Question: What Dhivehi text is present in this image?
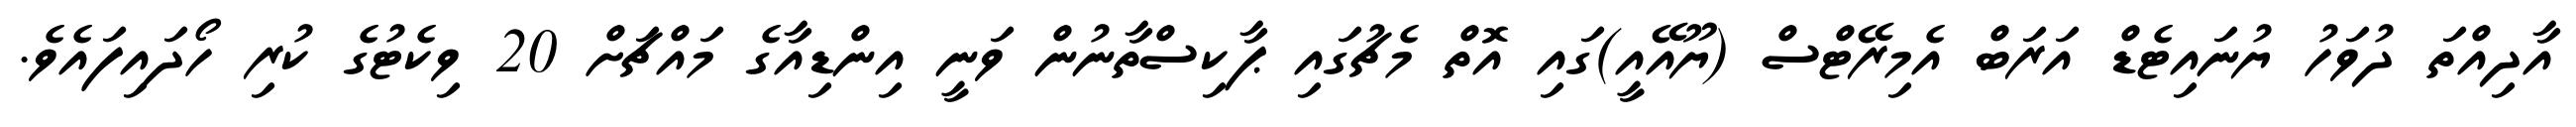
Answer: އާދިއްތަ ދުވަހު ޔުނައިޓެޑް އަރަބް އެމިރޭޓްސް (ޔޫއޭއީ)ގައި އޮތް މެޗުގައި ޕާކިސްތާނުން ވަނީ އިންޑިއާގެ މައްޗަށް 20 ވިކެޓުގެ ކުރި ހޯދައިފައެވެ.